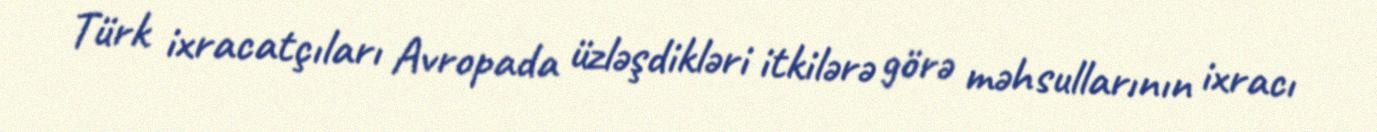
Türk ixracatçıları Avropada üzləşdikləri itkilərə görə məhsullarının ixracı